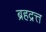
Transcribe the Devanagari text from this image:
ब्रहद्रत्त